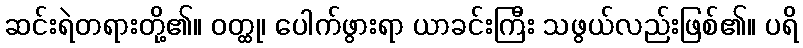
ဆင်းရဲတရားတို့၏။ ဝတ္ထု၊ ပေါက်ဖွားရာ ယာခင်းကြီး သဖွယ်လည်းဖြစ်၏။ ပရိ